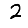
Digit: 2